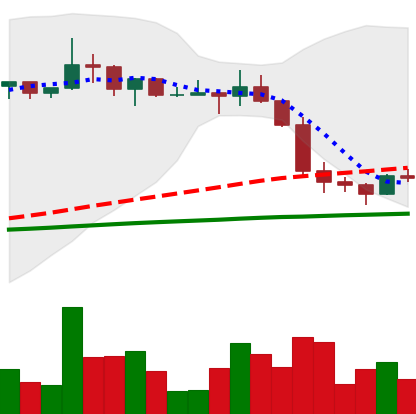
Ticker: LTC-USD
Chart end date: 2022-12-21
Forward return: 8.095%
Label: up_7plus